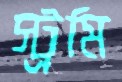
স্ট্রমি